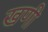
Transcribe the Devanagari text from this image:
खणी